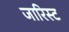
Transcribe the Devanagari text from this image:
जारिस्ट